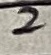
Text: 2